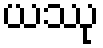
ယဿု